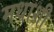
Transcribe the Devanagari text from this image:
मधाशी